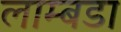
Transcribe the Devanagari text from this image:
लाम्बडा